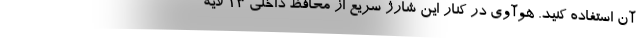
آن استفاده کنید. هوآوی در کنار این شارژ سریع از محافظ داخلی 13 لایه